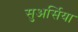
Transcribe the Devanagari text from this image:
सुअर्सिया